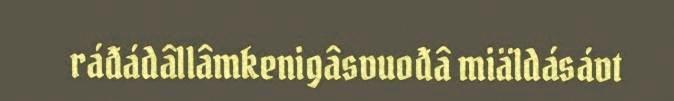
ráđádâllâmkenigâsvuođâ miäldásávt